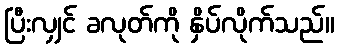
ပြီးလျှင် ခလုတ်ကို နှိပ်လိုက်သည်။